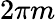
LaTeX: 2\pi m